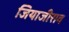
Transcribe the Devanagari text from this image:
जियाजीराव